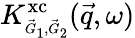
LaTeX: K_{\scriptscriptstyle\vec{G}_{1},\vec{G}_{2}}^{\mathrm{xc}}(\vec{q},\omega)